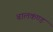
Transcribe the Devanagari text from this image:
बालकण्ड